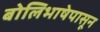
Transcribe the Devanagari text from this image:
बोलिभाषेपासून